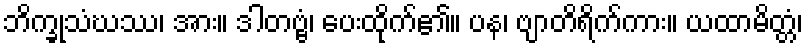
ဘိက္ခုသံဃဿ၊ အား။ ဒါတဗ္ဗံ၊ ပေးထိုက်၏။ ပန၊ ဗျာတိရိက်ကား။ ယထာမိတ္တံ၊